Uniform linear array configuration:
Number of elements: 8
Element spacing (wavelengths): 0.75
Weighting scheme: cosine
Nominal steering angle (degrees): -30
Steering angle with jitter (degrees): -29.901
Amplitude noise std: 0.05
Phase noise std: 0.05

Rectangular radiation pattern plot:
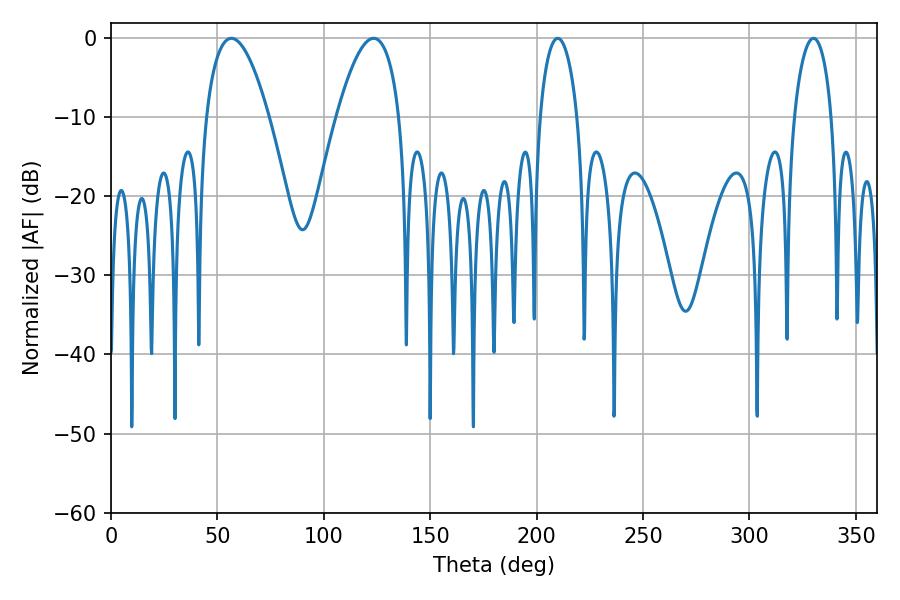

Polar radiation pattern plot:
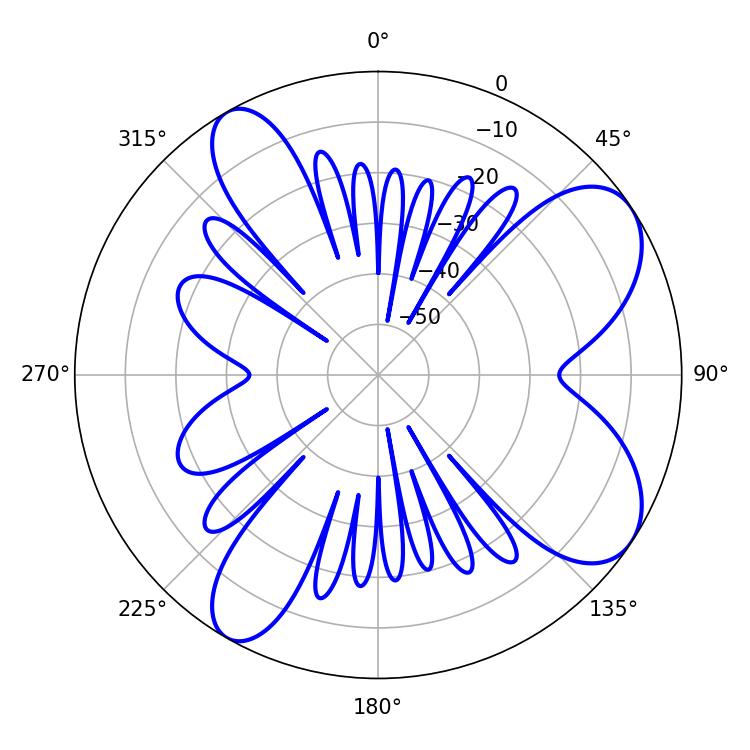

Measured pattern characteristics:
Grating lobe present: TRUE
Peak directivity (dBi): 7.942
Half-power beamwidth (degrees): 10.08
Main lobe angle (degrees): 209.88